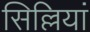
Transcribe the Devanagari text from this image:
सिल्लियां